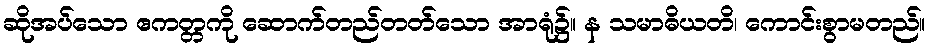
ဆိုအပ်သော ဧကတ္တကို ဆောက်တည်တတ်သော အာရုံ၌။ န သမာဓိယတိ၊ ကောင်းစွာမတည်။